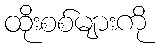
ထိုးစစ်များကို